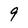
Character: 9